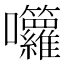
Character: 囖